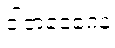
ဝါတဝေဂေန